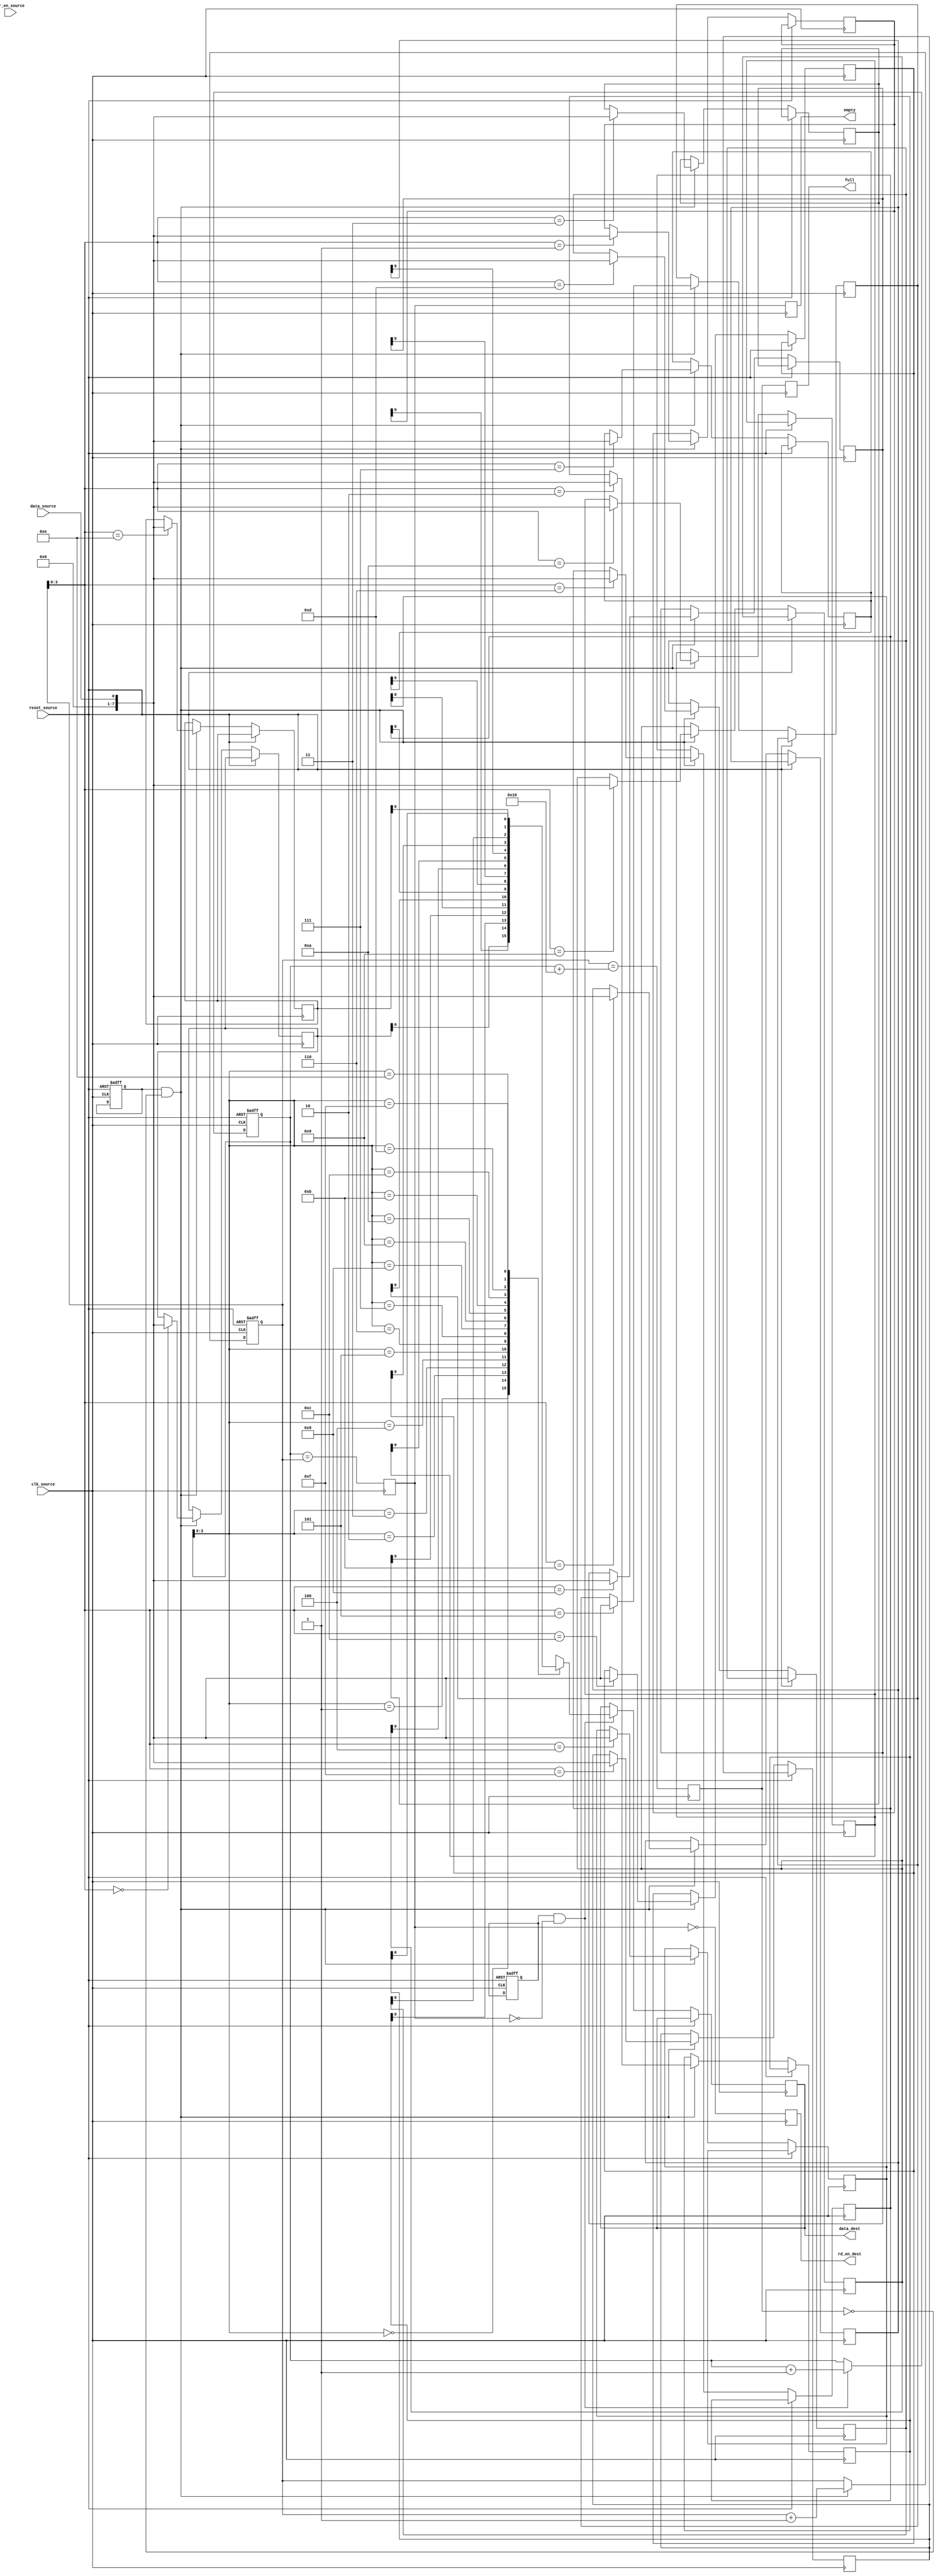
module async_fifo_synchronizer(
    input wire clk_source,
    input wire reset_source,
    input wire data_source,
    input wire wr_en_source,
    output wire rd_en_dest,
    output wire data_dest,
    output wire empty,
    output wire full
);

// Define parameters for FIFO depth and data width
parameter FIFO_DEPTH = 16;
parameter DATA_WIDTH = 8;

// Define FIFO memory
reg [DATA_WIDTH-1:0] fifo_mem [0:FIFO_DEPTH-1];
reg [DATA_WIDTH-1:0] rd_ptr;
reg [DATA_WIDTH-1:0] wr_ptr;
reg [DATA_WIDTH-1:0] data_out;

// Define FIFO control signals
reg rd_en;
reg wr_en;
reg empty_flag;
reg full_flag;

// Handle the read operation
always @(posedge clk_source or posedge reset_source) begin
    if (reset_source) begin
        rd_en <= 0;
        rd_ptr <= 0;
    end else if (rd_en && !empty_flag) begin
        data_dest <= fifo_mem[rd_ptr];
        rd_ptr <= rd_ptr + 1;
    end
end

// Handle the write operation
always @(posedge clk_source or posedge reset_source) begin
    if (reset_source) begin
        wr_en <= 0;
        wr_ptr <= 0;
    end else if (wr_en && !full_flag) begin
        fifo_mem[wr_ptr] <= data_source;
        wr_ptr <= wr_ptr + 1;
    end
end

// Update FIFO flags
always @(posedge clk_source) begin
    empty_flag <= (rd_ptr == wr_ptr);
    full_flag <= (wr_ptr == (rd_ptr + FIFO_DEPTH));
    rd_en_dest <= ~empty_flag;
    full <= full_flag;
    empty <= empty_flag;
end

endmodule